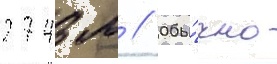
2743 м // Обы́чно